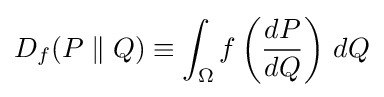
D_{f}(P\parallel Q)\equiv \int _{\Omega }f\left({\frac {dP}{dQ}}\right)\,dQ